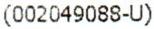
(002049088-U)